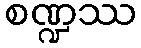
စဏ္ဍဿ